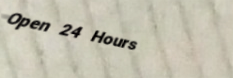
Open 24 Hours